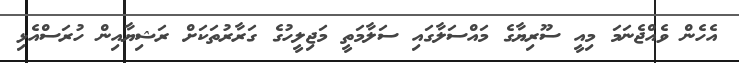
އެހެން ވެއްޖެނަމަ މިއީ ސޫރިޔާގެ މައްސަލާގައި ސަލާމަތީ މަޖިލީހުގެ ގަރާރުތަކަށް ރަޝިޔާއިން ހުރަސްއެޅި